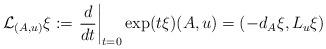
LaTeX: \begin{align*}\mathcal{L}_{(A,u)} \xi := \left.\frac{d}{dt}\right|_{t=0} \exp(t\xi) (A,u) = \left( -d_A \xi, L_u \xi \right)\end{align*}